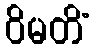
ဝိမတိံ